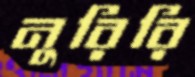
নুরিরি